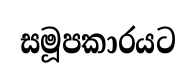
සමූපකාරයට